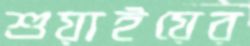
শুয়াইয়ের